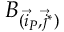
B _ { ( \vec { i } _ { P } , \vec { j } ^ { * } ) }